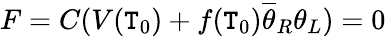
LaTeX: F=C(V(\mathtt{T}_{0})+f(\mathtt{T}_{0})\overline{{{{\theta}}}}_{R}\theta_{L})=0